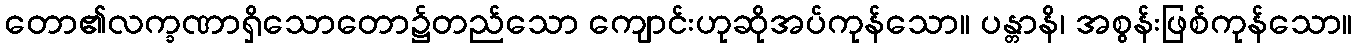
တော၏လက္ခဏာရှိသောတော၌တည်သော ကျောင်းဟုဆိုအပ်ကုန်သော။ ပန္တာနိ၊ အစွန်းဖြစ်ကုန်သော။